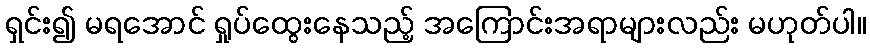
ရှင်း၍ မရအောင် ရှုပ်ထွေးနေသည့် အကြောင်းအရာများလည်း မဟုတ်ပါ။